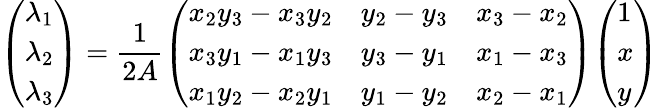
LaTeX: {\left(\begin{array}{l}{\lambda_{1}}\\ {\lambda_{2}}\\ {\lambda_{3}}\end{array}\right)}={\frac{1}{2A}}{\left(\begin{array}{lll}{x_{2}y_{3}-x_{3}y_{2}}&{y_{2}-y_{3}}&{x_{3}-x_{2}}\\ {x_{3}y_{1}-x_{1}y_{3}}&{y_{3}-y_{1}}&{x_{1}-x_{3}}\\ {x_{1}y_{2}-x_{2}y_{1}}&{y_{1}-y_{2}}&{x_{2}-x_{1}}\end{array}\right)}{\left(\begin{array}{l}{1}\\ {x}\\ {y}\end{array}\right)}